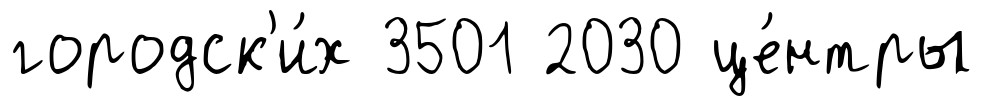
городск'и́х 3501 2030 це́нтры